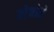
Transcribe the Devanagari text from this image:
तोजोने